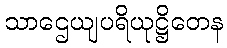
သာဌေယျပရိယုဋ္ဌိတေန